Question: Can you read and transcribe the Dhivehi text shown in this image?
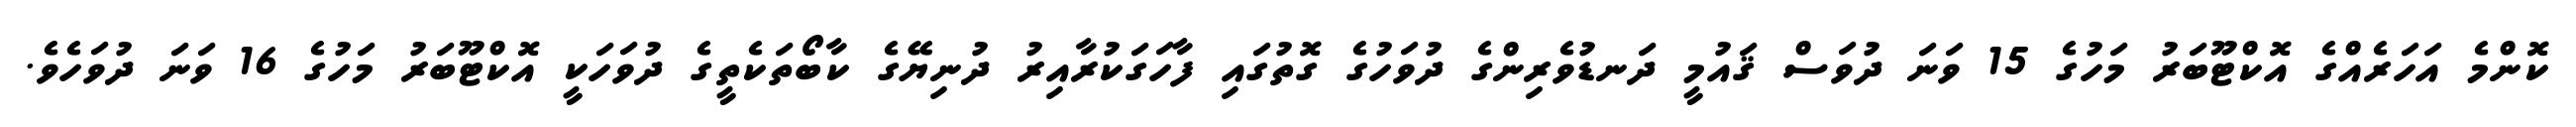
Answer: ކޮންމެ އަހަރެއްގެ އޮކްޓޫބަރު މަހުގެ 15 ވަނަ ދުވަސް ޤައުމީ ދަނޑުވެރިންގެ ދުވަހުގެ ގޮތުގައި ފާހަގަކުރާއިރު ދުނިޔޭގެ ކާބޯތަކެތީގެ ދުވަހަކީ އޮކްޓޫބަރު މަހުގެ 16 ވަނަ ދުވަހެވެ.